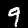
Label: 9